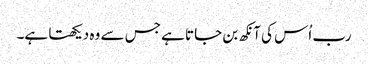
رب اُس کی آنکھ بن جاتا ہے جس سے وہ دیکھتا ہے۔